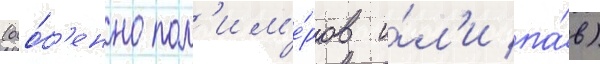
(осо́б'енно пол'им'е́ров и́л'и па́в)